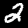
Digit: 2